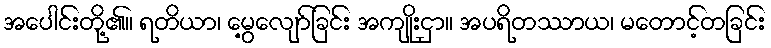
အပေါင်းတို့၏။ ရတိယာ၊ မွေ့လျော်ခြင်း အကျိုးငှာ။ အပရိတဿာယ၊ မတောင့်တခြင်း